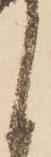
く